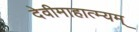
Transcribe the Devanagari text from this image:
देवीमाहात्म्यम्